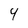
Character: 4